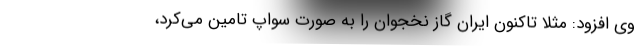
وی افزود: مثلا تاکنون ایران گاز نخجوان را به صورت سواپ تامین می‌کرد،